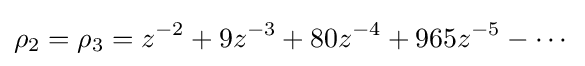
\rho _{2}=\rho _{3}=z^{-2}+9z^{-3}+80z^{-4}+965z^{-5}-\cdots